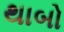
થાબો